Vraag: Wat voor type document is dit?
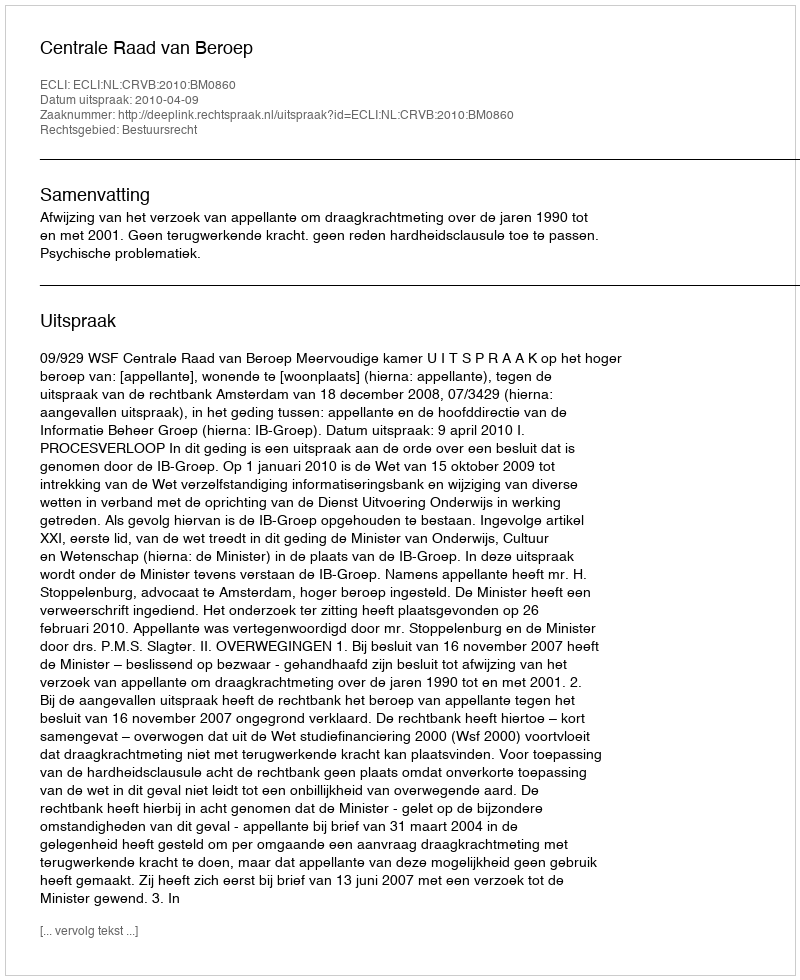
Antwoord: Uitspraak